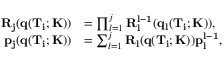
\begin{array} { r l } { \mathbf { R _ { j } } ( \mathbf { q } ( \mathbf { T _ { i } } ; \mathbf { K } ) ) } & { = \prod _ { l = 1 } ^ { j } \mathbf { R _ { l } ^ { l - 1 } } ( \mathbf { q _ { l } } ( \mathbf { T _ { i } } ; \mathbf { K } ) ) , } \\ { \mathbf { p _ { j } } ( \mathbf { q } ( \mathbf { T _ { i } } ; \mathbf { K } ) ) } & { = \sum _ { l = 1 } ^ { j } \mathbf { R _ { l } } ( \mathbf { q } ( \mathbf { T _ { i } } ; \mathbf { K } ) ) \mathbf { p _ { l } ^ { l - 1 } } , } \end{array}